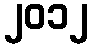
၂၀၁၂